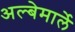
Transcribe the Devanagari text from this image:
अल्बेमार्ले